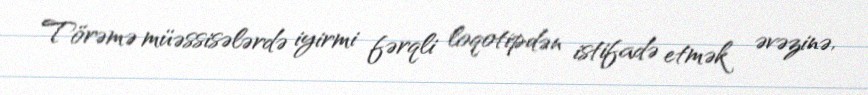
Törəmə müəssisələrdə iyirmi fərqli loqotipdən istifadə etmək əvəzinə,